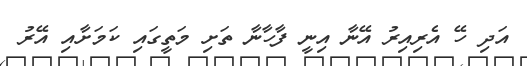
އަދި ހޭ އެރިއިރު އޭނާ އިނީ ފާހާނާ ތަށި މަތީގައި ކަމަށާއި އޭރު